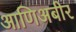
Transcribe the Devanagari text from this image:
आणिअबीर